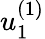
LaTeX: u_{1}^{(1)}